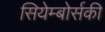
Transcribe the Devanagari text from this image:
सियेम्बोर्सकी